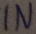
Text: IN